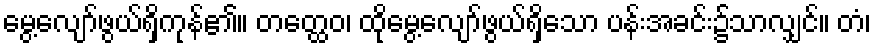
မွေ့လျော်ဖွယ်ရှိကုန်၏။ တတ္ထေဝ၊ ထိုမွေ့လျော်ဖွယ်ရှိသော ပန်းအခင်း၌သာလျှင်။ တံ၊